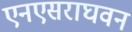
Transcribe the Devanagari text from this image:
एनएसराघवन